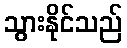
သွားနိုင်သည်